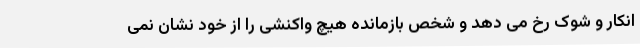
انکار و شوک رخ می دهد و شخص بازمانده هیچ واکنشی را از خود نشان نمی